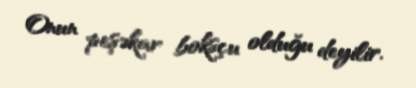
Onun peşəkar boksçu olduğu deyilir.